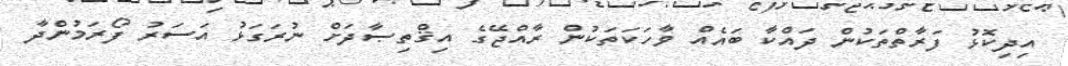
އިދިކޮޅު ފަރާތްތަކުން ދައްކާ ބައެއް ވާހަކަތަކުން ރާއްޖޭގެ އިޤްތިޞާދަށް ނުރަގަޅު އަސަރު ފޯރަމުންދާ